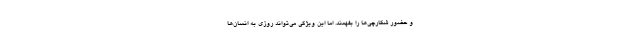
و حضور شکارچی‌ها را بفهمند. اما این ویژگی می‌تواند روزی به انسان‌ها